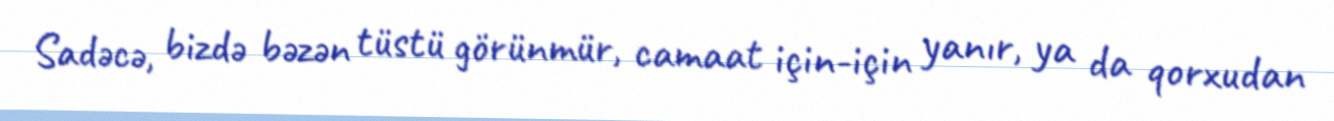
Sadəcə, bizdə bəzən tüstü görünmür, camaat için-için yanır, ya da qorxudan